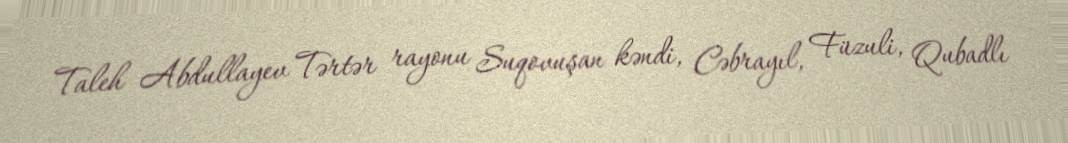
Taleh Abdullayev Tərtər rayonu Suqovuşan kəndi, Cəbrayıl, Füzuli, Qubadlı